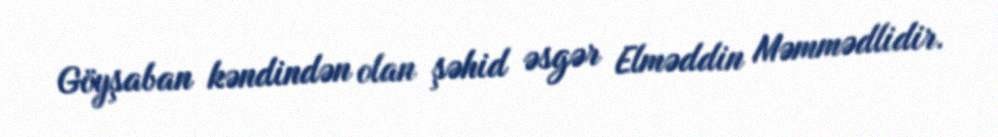
Göyşaban kəndindən olan şəhid əsgər Elməddin Məmmədlidir.